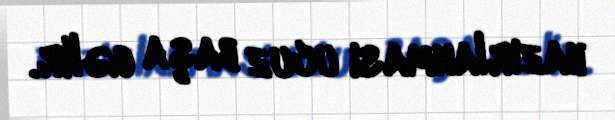
hazırlanması ucuz başa gəlir.